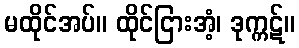
မထိုင်အပ်။ ထိုင်ငြားအံ့၊ ဒုက္ကဋ်။